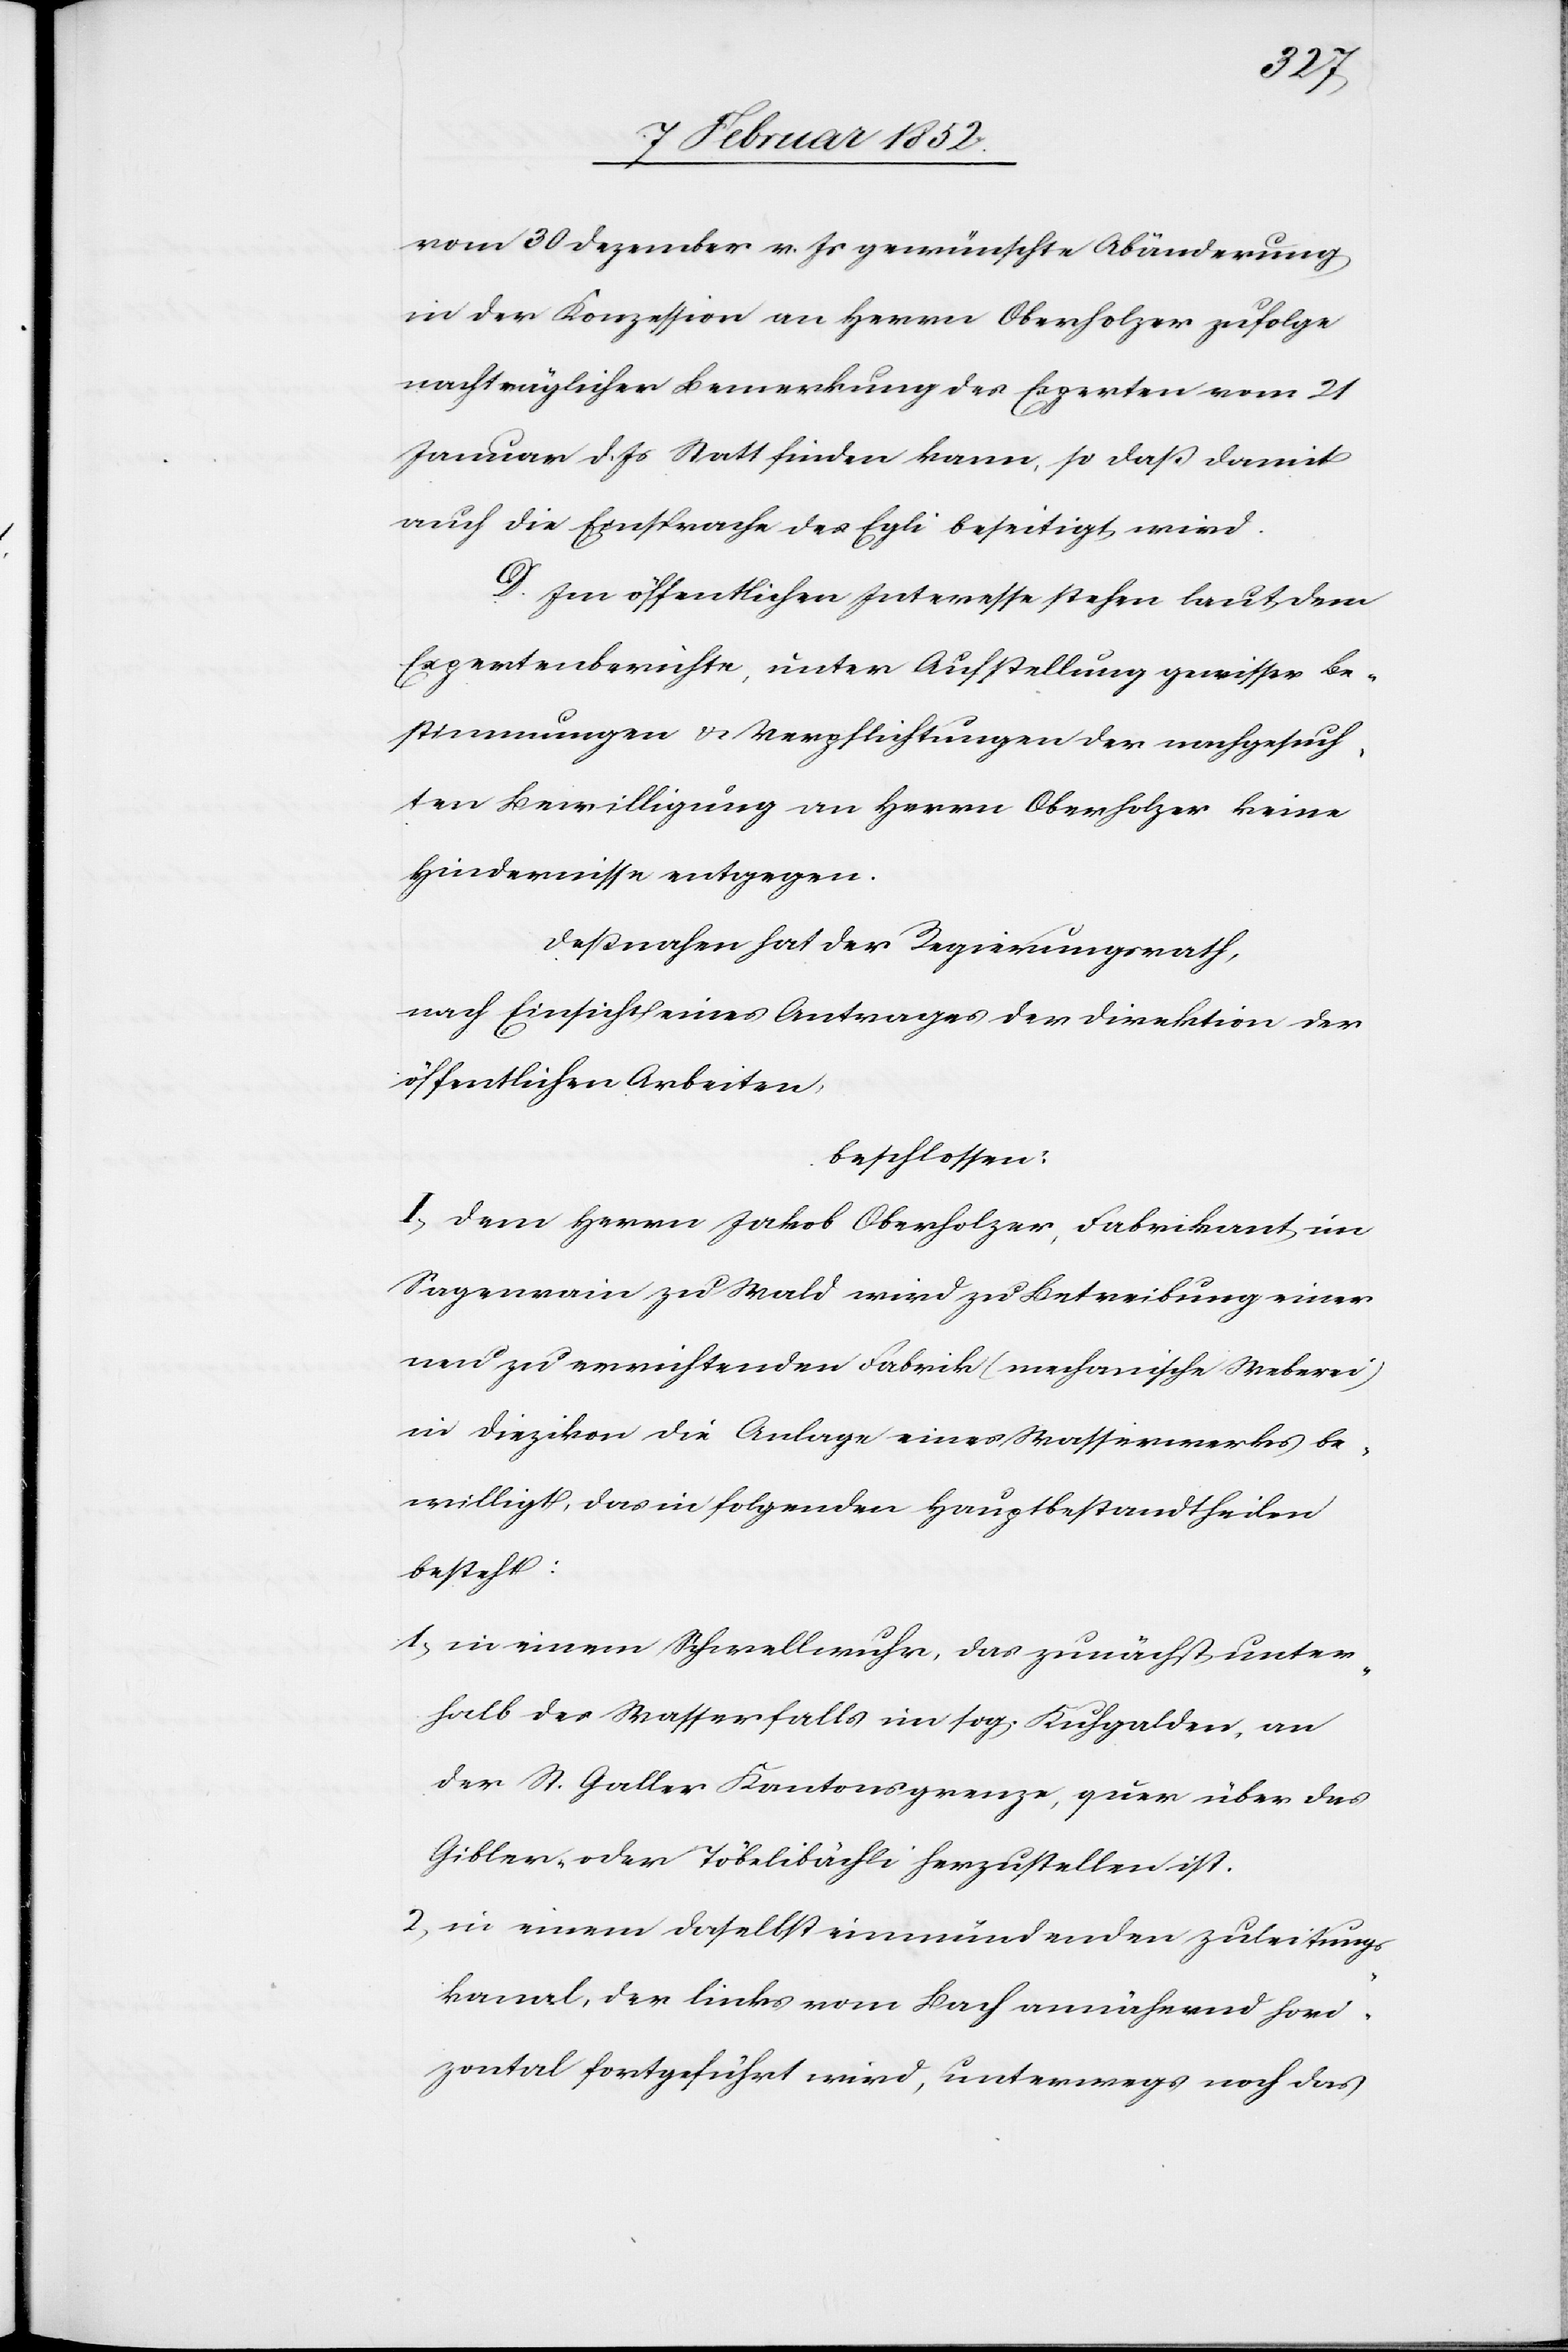
vom 30 Dezember v. Js gewünschte Abänderung
in der Konzession an Herrn Oberholzer zufolge
nachträglicher Bemerkung der Experten vom 21
Januar d. Js Statt finden kann, so daß damit
auch die Einsprache des Egli beseitigt wird.
D. Im öffentlichen Interesse stehen laut dem
Expertenberichte, unter Aufstellung gewisser Be¬
stimmungen u. Verpflichtungen der nachgesuch¬
ten Bewilligung an Herrn Oberholzer keine
Hindernisse entgegen.
Deßnahen hat der Regierungsrath,
nach Einsicht eines Antrages der Direktion der
öffentlichen Arbeiten,
beschlossen:
I. Dem Herrn Jakob Oberholzer, Fabrikant im
Sagenrain zu Wald wird zu Betreibung einer
neu zu errichtenden Fabrik (mechanische Weberei)
in Diezikon die Anlage eines Wasserwerkes be¬
willigt, das in folgenden Hauptbestandtheilen
besteht:
1.) in einem Schwellenwuhr, das zunächst unter¬
halb des Wasserfalls im sog. Kuhgalden, an
der St. Galler Kantonsgrenze, quer über das
Gibler- oder Töbelibächli herzustellen ist.
2) in einem daselbst einmündenden Zuleitungs¬
kanal, der links vom Bach annähernd hori¬
zontal fortgeführt wird, unterwegs noch das